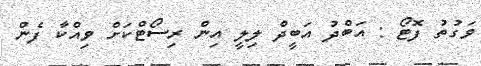
ވަގުތު ފޮޓޯ : އަބްދު އަބީދް ލިލީ އިން ރިސޯޓްކަށް ވިއްކާ ފެން